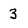
Character: 3